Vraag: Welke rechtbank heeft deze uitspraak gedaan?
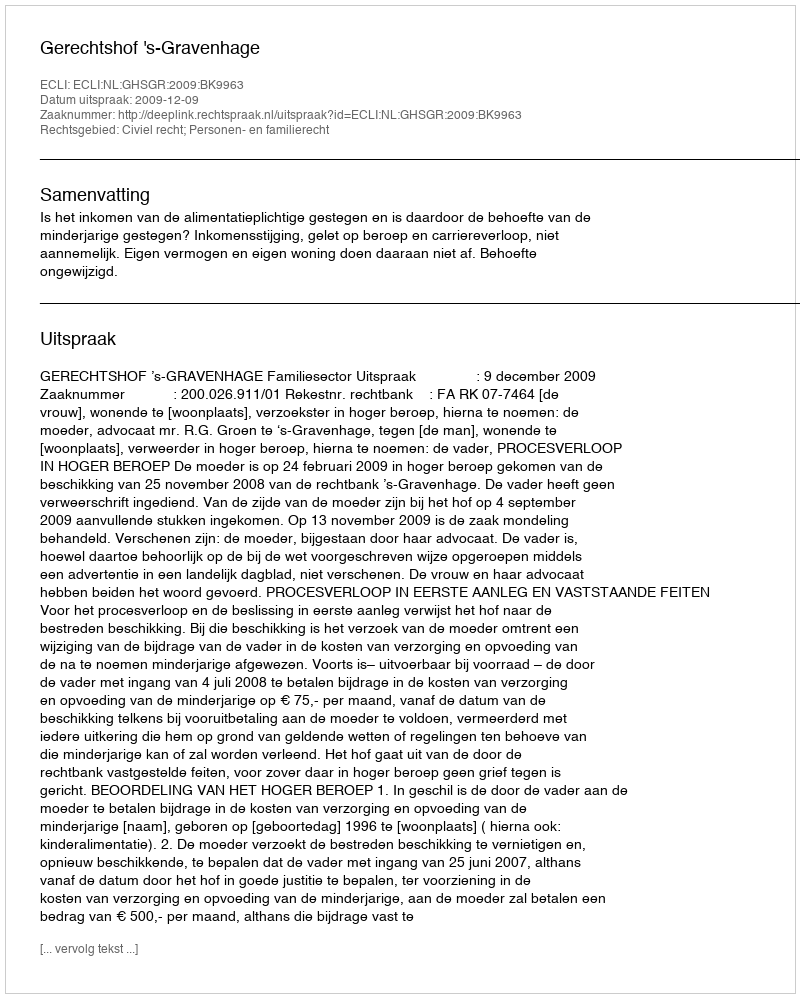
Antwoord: Gerechtshof 's-Gravenhage